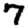
Digit: 7